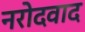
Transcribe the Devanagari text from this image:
नरोदवाद